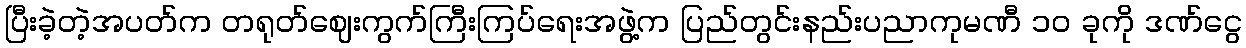
ပြီးခဲ့တဲ့အပတ်က တရုတ်ဈေးကွက်ကြီးကြပ်ရေးအဖွဲ့က ပြည်တွင်းနည်းပညာကုမဏီ ၁၀ ခုကို ဒဏ်ငွေ